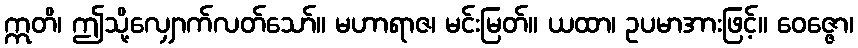
ဣတိ၊ ဤသို့လျှောက်လတ်သော်။ မဟာရာဇ၊ မင်းမြတ်။ ယထာ၊ ဥပမာအားဖြင့်။ ဝေဇ္ဇော၊